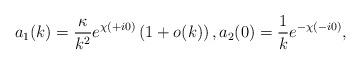
LaTeX: \begin{align*} a_1(k)=\frac{\kappa}{k^2}e^{\chi(+i0)}\left(1+o(k)\right), a_2(0)=\frac{1}{k}e^{-\chi(-i0)},\end{align*}